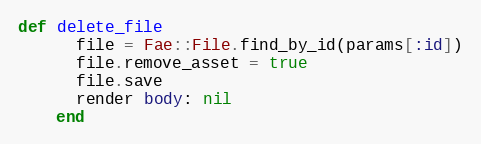
Language: Ruby
def delete_file
      file = Fae::File.find_by_id(params[:id])
      file.remove_asset = true
      file.save
      render body: nil
    end